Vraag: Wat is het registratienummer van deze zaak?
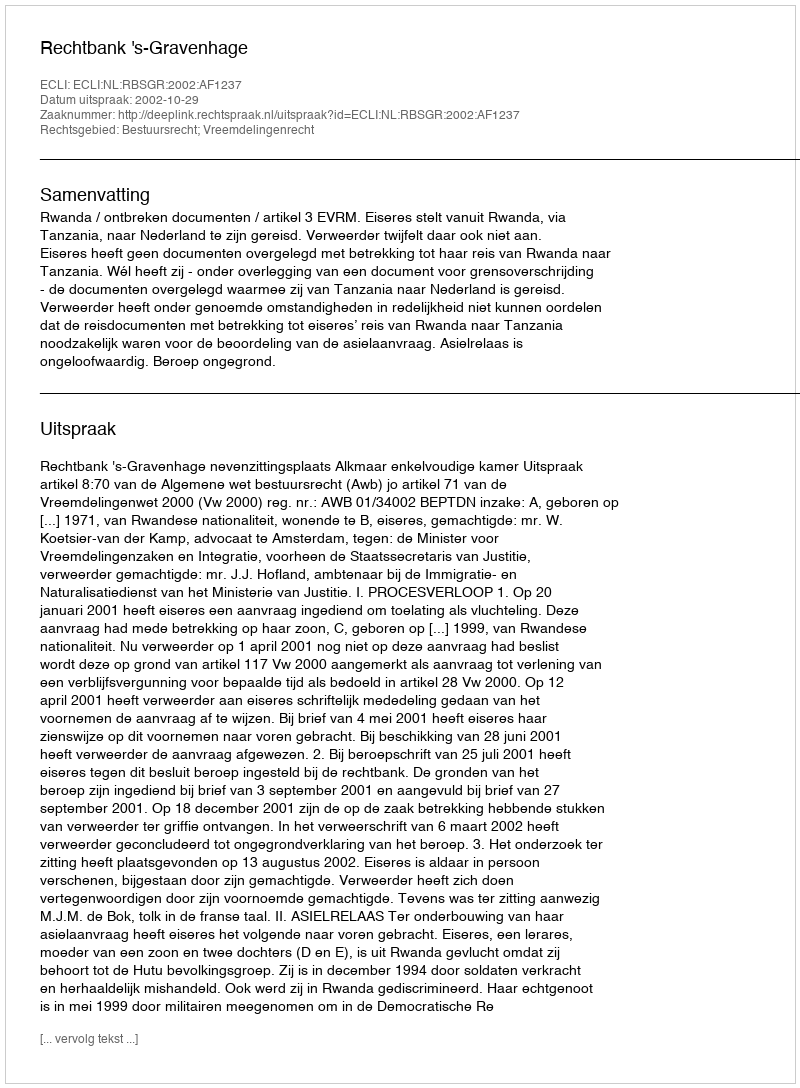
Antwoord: http://deeplink.rechtspraak.nl/uitspraak?id=ECLI:NL:RBSGR:2002:AF1237